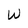
Character: W